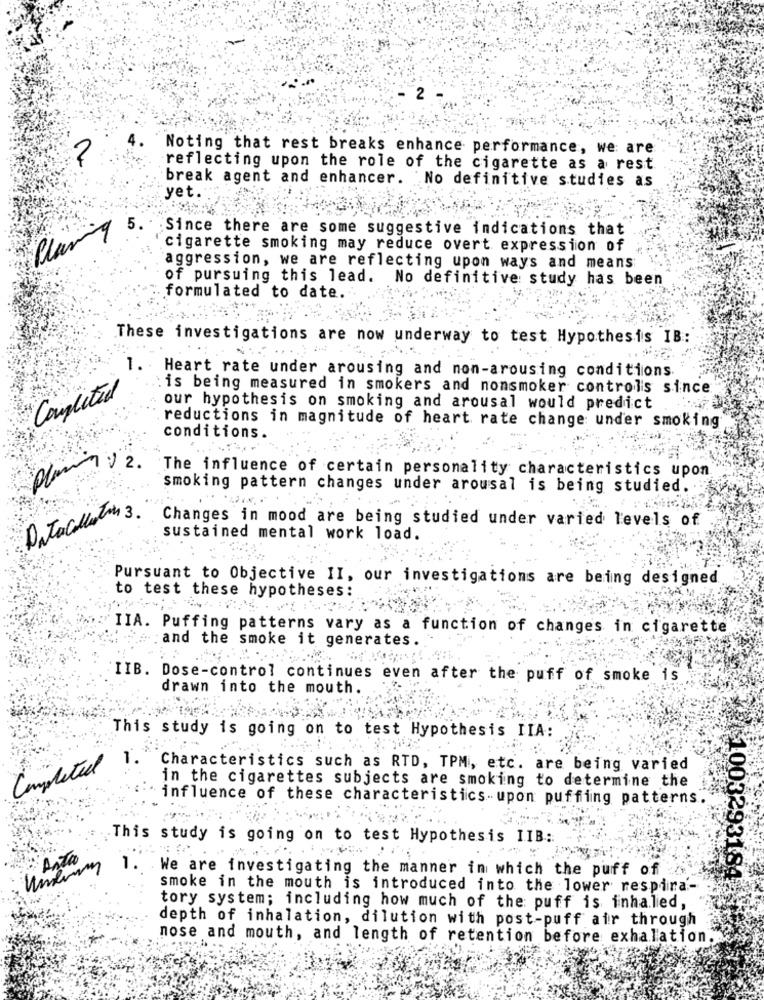
2
Noting that rest breaks enhance performance, we are
2
reflecting upon the role of the cigarette as a rest
break agent and enhancer. No definitive studies as
yet.
9 5.
Since there are some suggestive indications that
Plan
cigarette smoking may reduce overt expression of
aggression, we are reflecting upon ways and means
of pursuing this lead. No definitive study has been
formulated to date.
These investigations are now underway to test Hypothesis IB:
1. Heart rate under arousing and non-arousing conditions
is being measured in smokers and nonsmoker controls since
Completed
our hypothesis on smoking and arousal would predict
reductions in magnitude of heart rate change under smoking
conditions.
2. The influence of certain personality characteristics upon
smoking pattern changes under arousal is being studied.
Datacollection 3. "
Changes in mood are being studied under varied levels of
sustained mental work load.
Pursuant to Objective II, our investigations are being designed
to test these hypotheses:
IIA. Puffing patterns vary as a function of changes in cigarette
and the smoke it generates.
IIB. Dose-control continues even after the puff of smoke
drawn into the mouth.
This study is going on to test Hypothesis IIA:
Characteristics such as RTD, TPM, etc. are being varied
Completed
in the cigarettes subjects are smoking to determine the
influence of these characteristics -upon puffing patterns.
This study is going on to test Hypothesis IIB .:
Anta
1.
We are investigating the manner in which the puff of
$1003293184
smoke in the mouth is introduced into the lower respira-
tory system; including how much of the puff is inhaled,
depth of inhalation, dilution with post-puff air through
nose and mouth, and length of retention before exhalation.